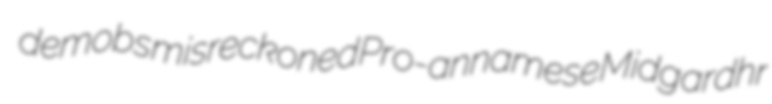
demobs misreckoned Pro-annamese Midgardhr